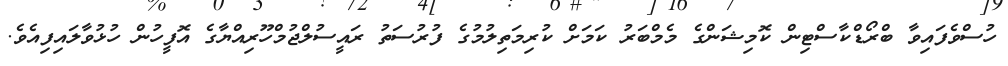
ހުސްވެފައިވާ ބްރޯޑްކާސްޓިން ކޮމިޝަންގެ މެމްބަރު ކަމަށް ކުރިމަތިލުމުގެ ފުރުސަތު ރައީސުލްޖުމްހޫރިއްޔާގެ އޮފީހުން ހުޅުވާލައިފިއެވެ.